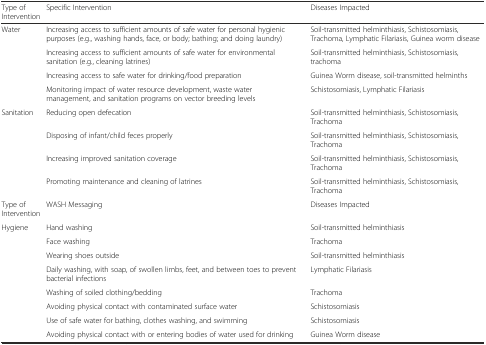
<table><thead><tr><td><b>Type of Intervention</b></td><td><b>Specific Intervention</b></td><td><b>Diseases Impacted</b></td></tr></thead><tbody><tr><td rowspan="4">Water</td><td>Increasing access to sufficient amounts of safe water for personal hygienic purposes (e.g., washing hands, face, or body; bathing; and doing laundry)</td><td>Soil-transmitted helminthiasis, Schistosomiasis, Trachoma, Lymphatic Filariasis, Guinea worm disease</td></tr><tr><td>Increasing access to sufficient amounts of safe water for environmental sanitation (e.g., cleaning latrines)</td><td>Soil-transmitted helminthiasis, Schistosomiasis, trachoma</td></tr><tr><td>Increasing access to safe water for drinking/food preparation</td><td>Guinea Worm disease, soil-transmitted helminths</td></tr><tr><td>Monitoring impact of water resource development, waste water management, and sanitation programs on vector breeding levels</td><td>Schistosomiasis, Lymphatic Filariasis</td></tr><tr><td rowspan="4">Sanitation</td><td>Reducing open defecation</td><td>Soil-transmitted helminthiasis, Schistosomiasis, Trachoma</td></tr><tr><td>Disposing of infant/child feces properly</td><td>Soil-transmitted helminthiasis, Schistosomiasis, Trachoma</td></tr><tr><td>Increasing improved sanitation coverage</td><td>Soil-transmitted helminthiasis, Schistosomiasis, Trachoma</td></tr><tr><td>Promoting maintenance and cleaning of latrines</td><td>Soil-transmitted helminthiasis, Schistosomiasis, Trachoma</td></tr><tr><td>Type of Intervention</td><td>WASH Messaging</td><td>Diseases Impacted</td></tr><tr><td rowspan="8">Hygiene</td><td>Hand washing</td><td>Soil-transmitted helminthiasis</td></tr><tr><td>Face washing</td><td>Trachoma</td></tr><tr><td>Wearing shoes outside</td><td>Soil-transmitted helminthiasis</td></tr><tr><td>Daily washing, with soap, of swollen limbs, feet, and between toes to prevent bacterial infections</td><td>Lymphatic Filariasis</td></tr><tr><td>Washing of soiled clothing/bedding</td><td>Trachoma</td></tr><tr><td>Avoiding physical contact with contaminated surface water</td><td>Schistosomiasis</td></tr><tr><td>Use of safe water for bathing, clothes washing, and swimming</td><td>Schistosomiasis</td></tr><tr><td>Avoiding physical contact with or entering bodies of water used for drinking</td><td>Guinea Worm disease</td></tr></tbody></table>